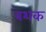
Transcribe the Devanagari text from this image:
बशक